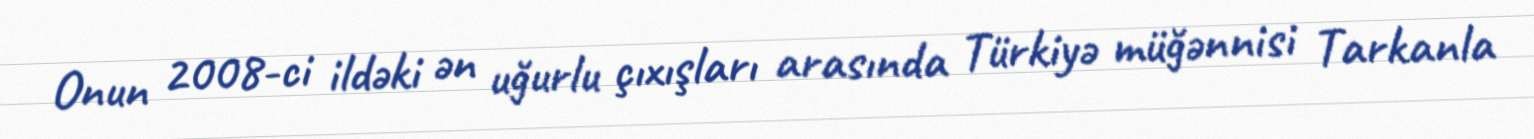
Onun 2008-ci ildəki ən uğurlu çıxışları arasında Türkiyə müğənnisi Tarkanla